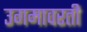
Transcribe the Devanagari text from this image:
उगमावरती